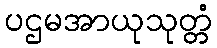
ပဌမအာယုသုတ္တံ